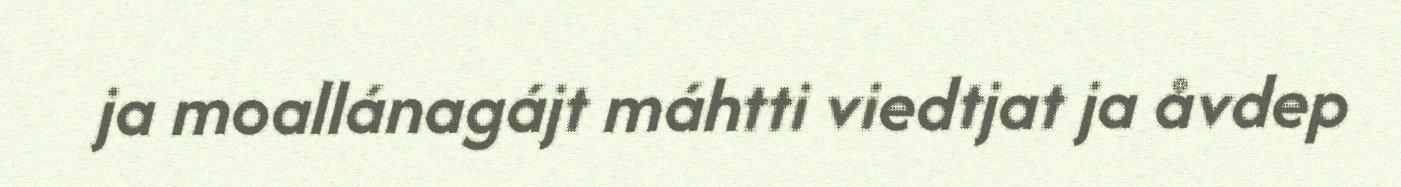
ja moallánagájt máhtti viedtjat ja åvdep